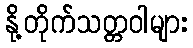
နို့တိုက်သတ္တဝါများ